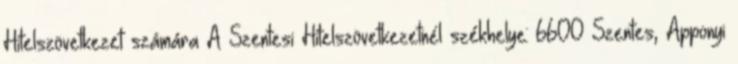
Hitelszövetkezet számára A Szentesi Hitelszövetkezetnél székhelye: 6600 Szentes, Apponyi